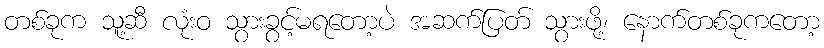
တစ်ခုက သူ့ဆီ လုံးဝ သွားခွင့်မရတော့ပဲ အဆက်ပြတ် သွားဖို့၊ နောက်တစ်ခုကတော့